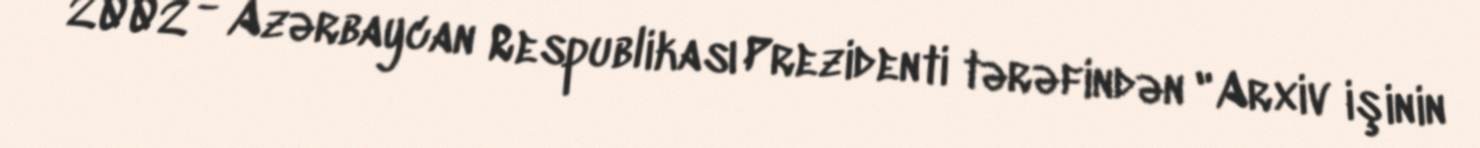
2002 - Azərbaycan Respublikası Prezidenti tərəfindən "Arxiv işinin